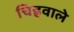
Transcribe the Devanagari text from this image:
चिह्रवाले